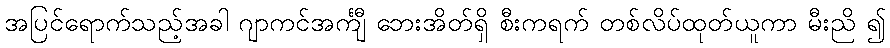
အပြင်ရောက်သည့်အခါ ဂျာကင်အင်္ကျီ ဘေးအိတ်ရှိ စီးကရက် တစ်လိပ်ထုတ်ယူကာ မီးညိ ၍